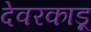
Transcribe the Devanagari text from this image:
देवरकाडू